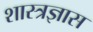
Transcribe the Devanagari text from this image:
शास्त्रज्ञास